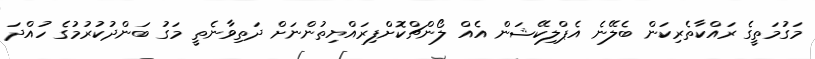
މަގުމަތީގެ ރައްކާތެރިކަން ބެލޭނެ އެޕްލިކޭޝަން އެއް ލޯންޗްކޮށްފިރައްޔިތުންނަށް ދަތިވާނެތީ މަގު ބަންދުކުރުމުގެ ހުއްދަ